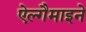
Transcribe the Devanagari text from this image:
ऐल्गैमाइने